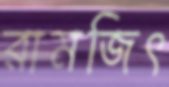
রামজিৎ